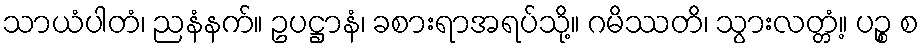
သာယံပါတံ၊ ညနံနက်။ ဥပဋ္ဌာနံ၊ ခစားရာအရပ်သို့။ ဂမိဿတိ၊ သွားလတ္တံ့။ ပဉ္စ စ